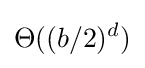
\Theta ((b/2)^{d})